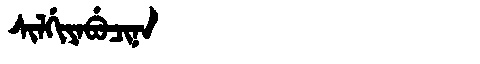
Manchu: ᠰᡳᠯᡤᡳᠶᠠᠪᡠᠴᡳᠨᠠ
Romanization: SILGIYABUCINA